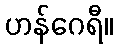
ဟန်ဂေရီ။